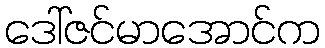
ဒေါ်ဇင်မာအောင်က